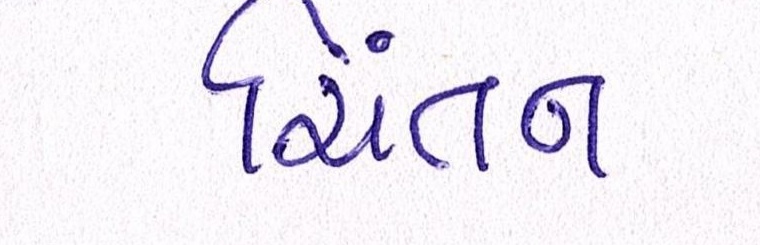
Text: ચિંતન